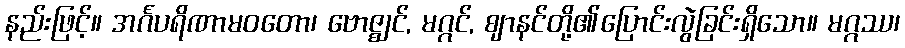
နည်းဖြင့်။ အင်္ဂပရိဏာမဝတော၊ ဗောဇ္ဈင်, မဂ္ဂင်, ဈာနင်တို့၏ပြောင်းလွဲခြင်းရှိသော။ မဂ္ဂဿ၊